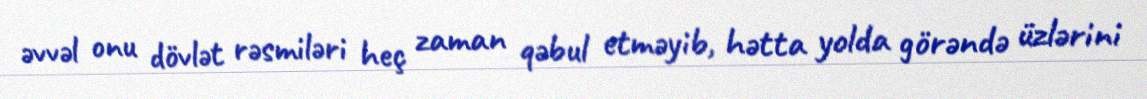
əvvəl onu dövlət rəsmiləri heç zaman qəbul etməyib, hətta yolda görəndə üzlərini